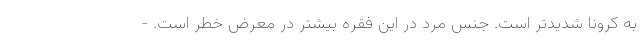
به کرونا شدیدتر است. جنس مرد در این فقره بیشتر در معرض خطر است. -